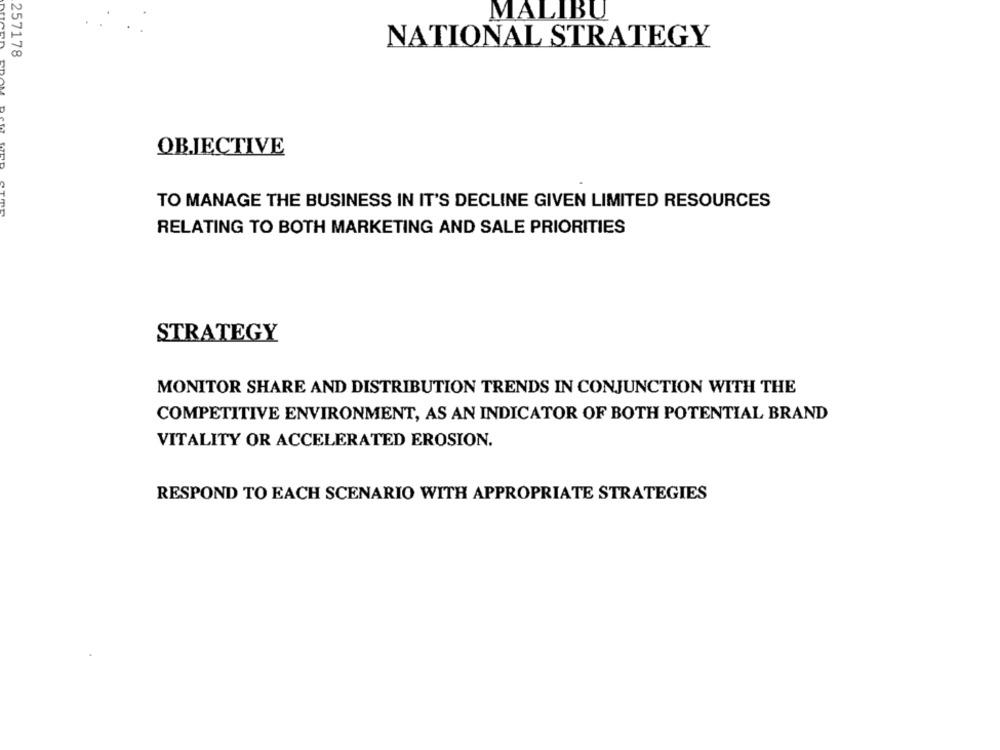
MALIBU
NATIONAL STRATEGY
257178
OBJECTIVE
TO MANAGE THE BUSINESS IN IT'S DECLINE GIVEN LIMITED RESOURCES
RELATING TO BOTH MARKETING AND SALE PRIORITIES
STRATEGY
MONITOR SHARE AND DISTRIBUTION TRENDS IN CONJUNCTION WITH THE
COMPETITIVE ENVIRONMENT, AS AN INDICATOR OF BOTH POTENTIAL BRAND
VITALITY OR ACCELERATED EROSION.
RESPOND TO EACH SCENARIO WITH APPROPRIATE STRATEGIES